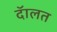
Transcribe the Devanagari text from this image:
दॅालत